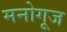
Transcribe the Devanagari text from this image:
मनोगूज